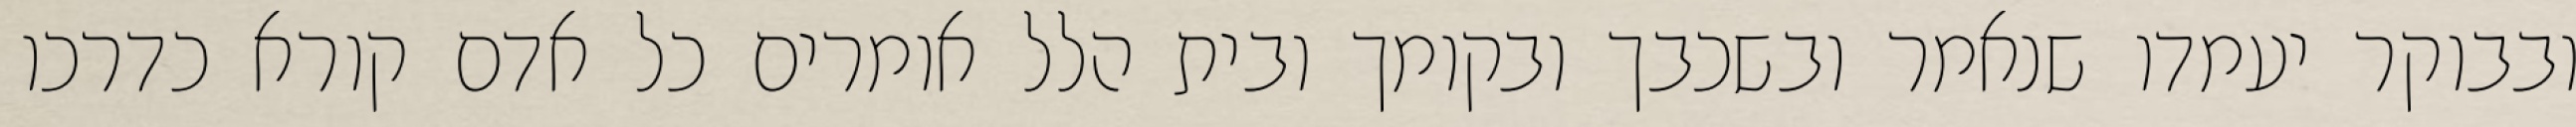
ובבוקר יעמדו שנאמר ובשכבך ובקומך ובית הלל אומרים כל אדם קורא כדרכו